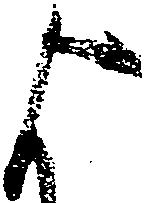
よ